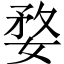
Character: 婺